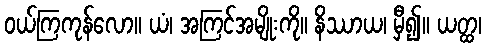
ဝယ်ကြကုန်လော။ ယံ၊ အကြင်အမျိုးကို။ နိဿာယ၊ မှီ၍။ ယတ္ထ၊